Report of the Municipal Commissioner on the plague in Bombay for the year ending 31st May... - Volume 2
Disease focus: Plague
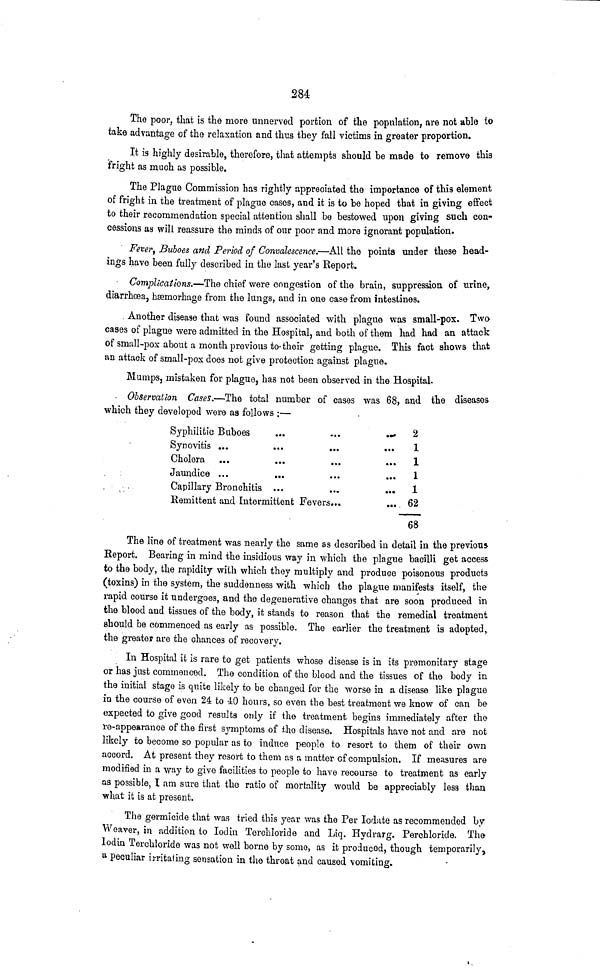
284
The poor, that is the more unnerved portion of the population, are not able lo
take advantage of the relaxation and thus they fall victims in greater proportion.
It is highly desirable, therefore, that attempts should be made to remove this
fright as much as possible.
The Plague Commission has rightly appreciated the importance of this element
of fright in the treatment of plague cases, and it is to be hoped that in giving effect
to their recommendation special attention shall be bestowed upon giving such con-
cessions as will reassure the minds of our poor and more ignorant population.
Fever, Buboes and Period of Convalescence.—All the points under these head-
ings have been fully described in the last year's Report.
Complications.—The chief were congestion of the brain, suppression of urine,
diarrhoea, hsemorhage from the lungs, and in one case from intestines.
Another disease that was found associated with plague was small-pox. Two
cases of plague were admitted in the Hospital, and both of them had had an attack
of sruull-pox about a month previous to- their getting plague. This fact shows that
an attack of small-pox does not give protection against plague.
Mumps, mistaken for plague, has not been observed in the Hospital.
- Observation Cases.—The total number of cases was 68, and the diseases,
which they developed were as follows ;—
Syphilitic Buboes
Synovitis ...
Cholera
Jaundice ...
...
...
•••
...
...
...
...
...
Capillary Bronchitis ...
Remittent and Intermittent Fevers...
... 2
1
... 1
... 1
... 1
... 62
68
The line of treatment was nearly the same as described in detail in the previous
Report. Bearing in mind the insidious way in which the plague bacilli get access
to the body, the rapidity with which they multiply and produce poisonous products
(toxins) in the system, the suddenness with which the plague manifests itself, the
rapid course it undergoes, and the degenerative changes that are soon produced in
the blood and tissues of the body, it stands to reason that the remedial treatment
should be commenced as early as possible. The earlier the treatment is adopted,
the greater are the chances of recovery.
In Hospital it is rare to get patients whose disease is in its premonitary stage
or has just commenced. The condition of the blood and the tissues of the body in
the initial stage is quite likely to be changed for the worse in a disease like plague
in the course of even 24 to 40 hours, so even the best treatment we know of can be
expected to give good results only if the treatment begins immediately after the
re-appearance of the first symptoms of the disease. Hospitals have not and are not
likely to become so popular as to induce people to resort to them of their own
accord. At present they resort to them as a matter of compulsion. If measures are
modified in a way to give facilities to people to have recourse to treatment as early
as possible, I am sure that the ratio of mortality would be appreciably less than
what it is at present.
The germicide that was tried this year was the Per lodate as recommended by
Weaver, in addition to lodin Terchloride and Liq. Hydrarg. Perchloride. The
lodin Terchloride was not well borne by some, as it produced, though temporarily,
a Peculiar irritating sensation in the throat and caused vomiting.